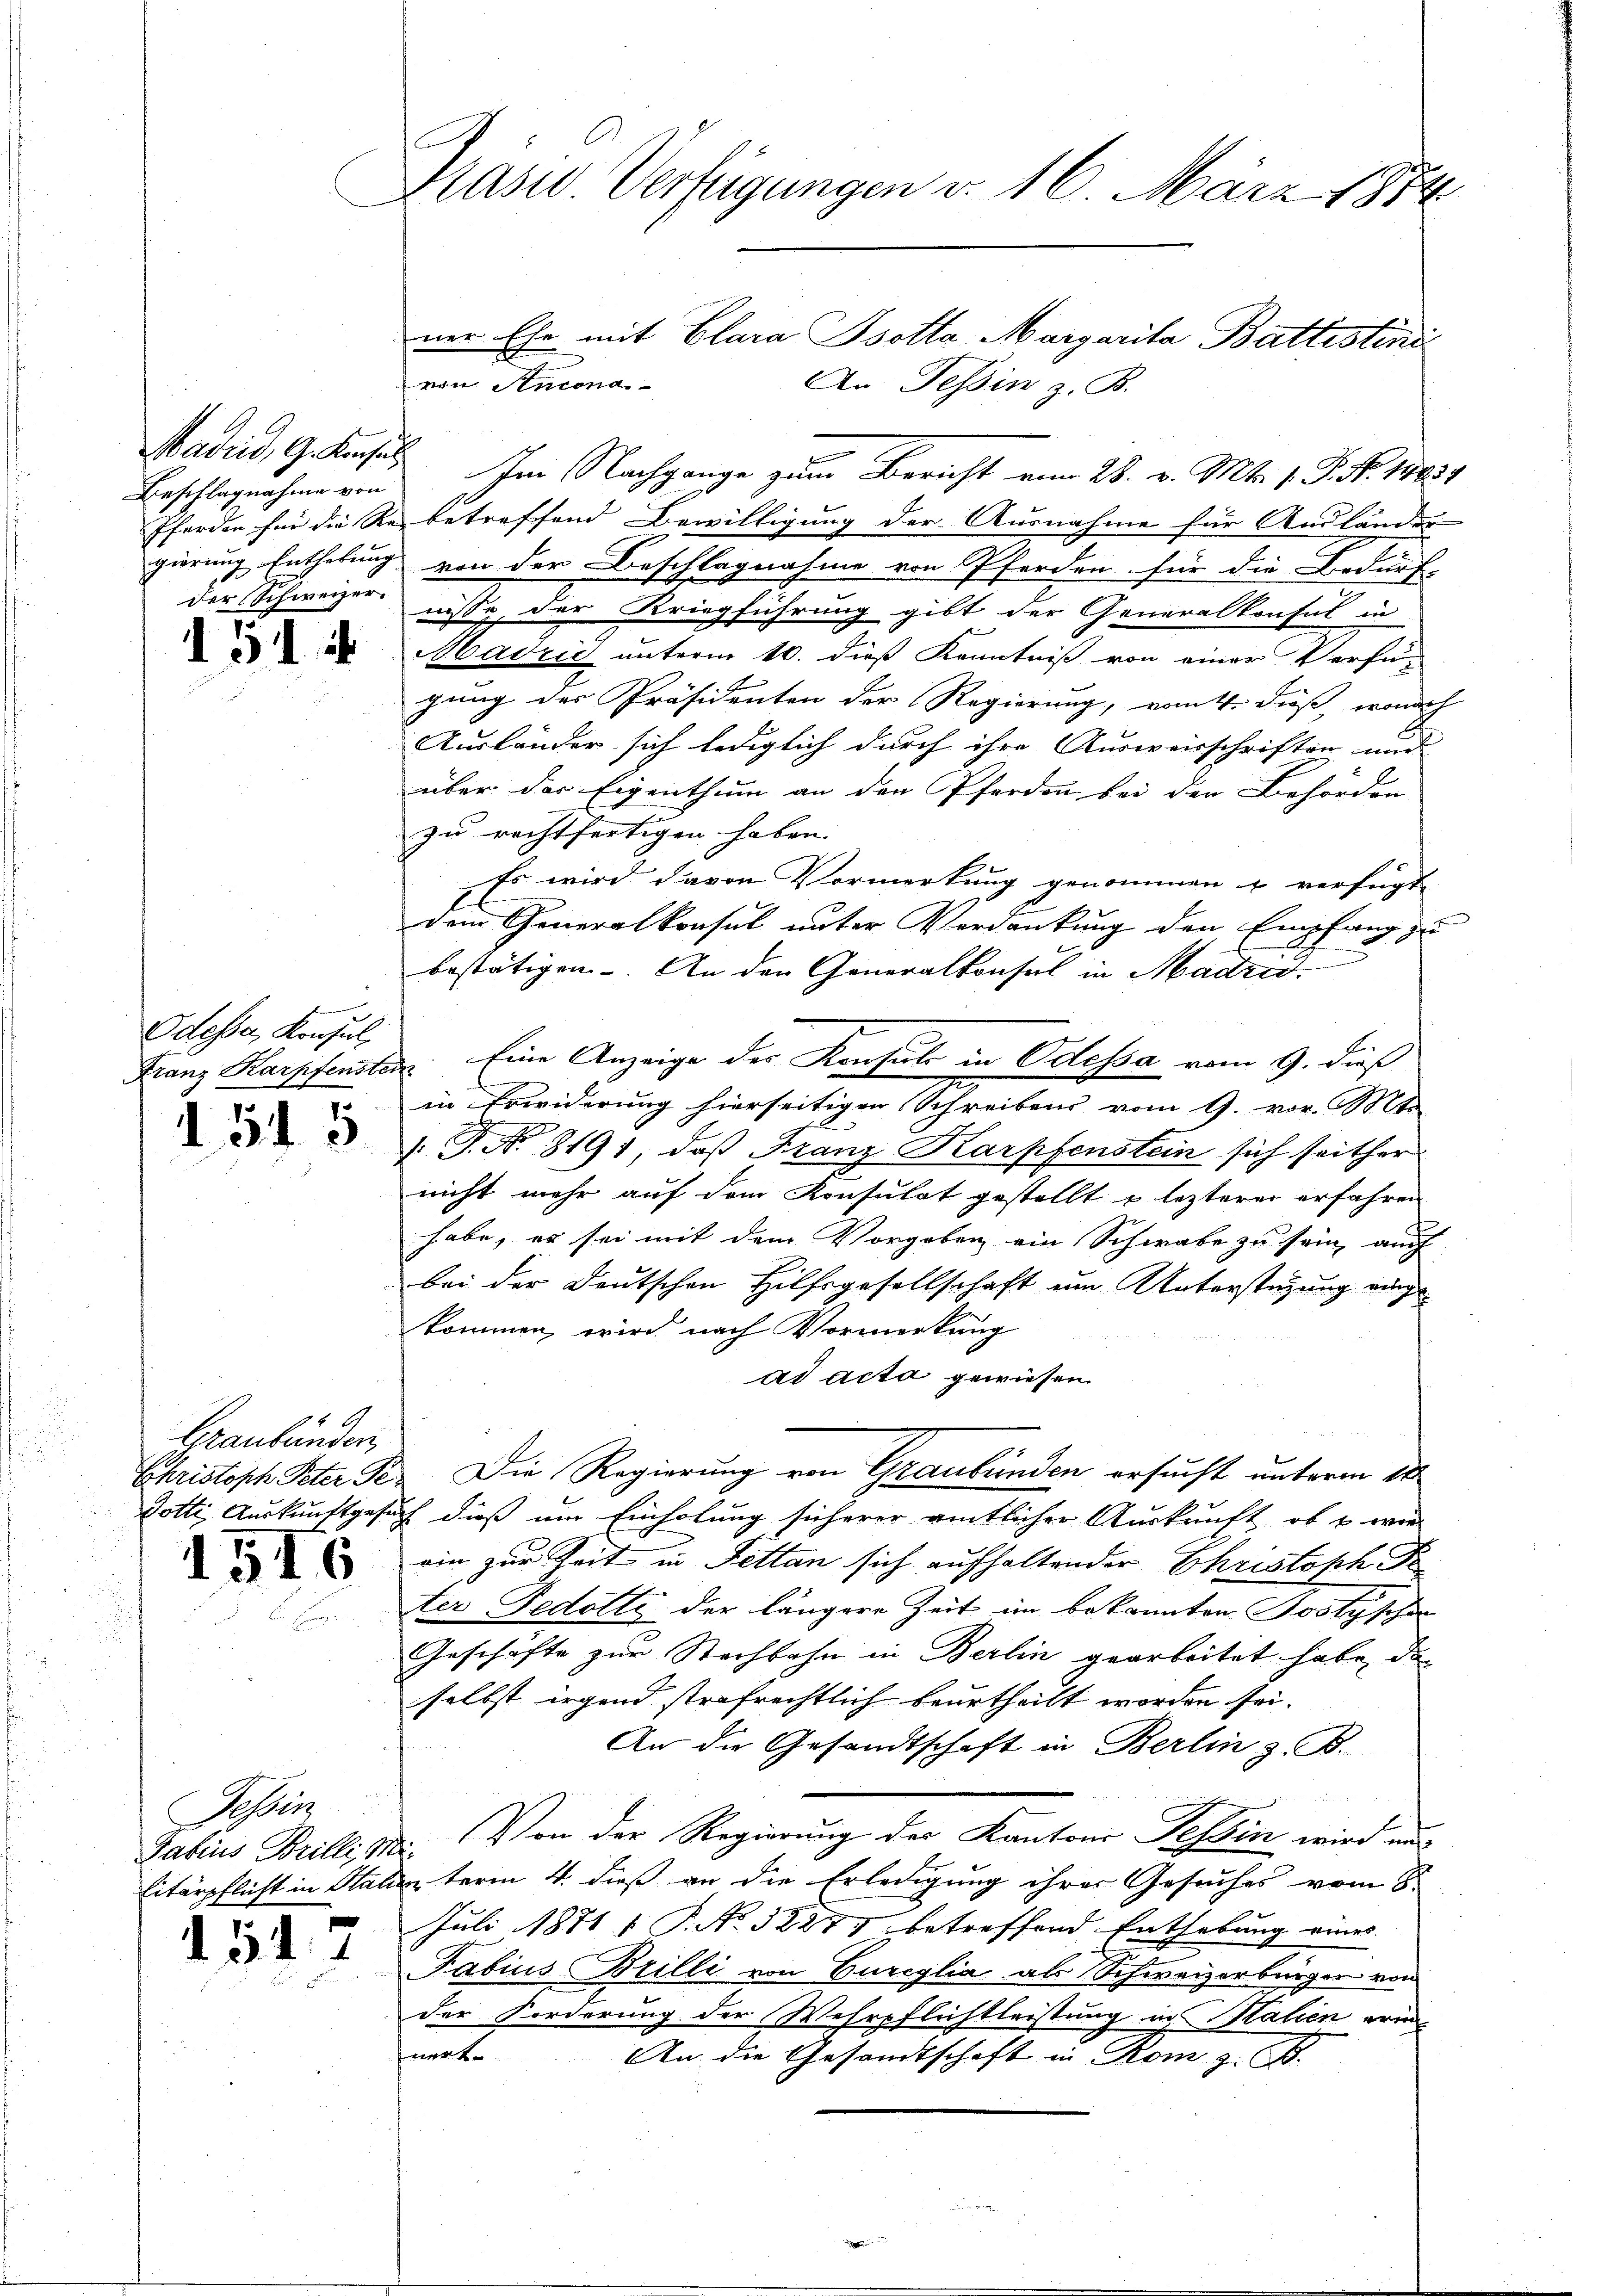
Madrid, G. Konsul
Beschlagnahme von
Pferden für die Re-
gierung Entlebung
der Schweizer

151 f

Odessa, Konsul
Franz Karpfensten

1515

Graubünder
Christoph Peter Pe¬
Dotti Auskunftgese

1516

Seben
Tabius Brilli M.
Eitärpflicht in Stall

151

6
Kasu Verfügungen d. 16. März 1874.
ner Ehe mit Clara Psotta, Margarita Battistini

h

von Antona
An Tessin z. B.
e
Im Nachgange zum Bericht vom 28. v. Mts. 1. P. Nr. 14834
betreffend Bewilligung der Ausnahme für Ausländer
von der Beschlagnahme von Pferden für die Bedürf-
nisse der Kriegführung gibt der Generalkonsul in
Madzić unterm 10. dieß Kenntniß von einer Verfü-
gung des Präsidenten der Regierung, vom 4. dieß, wonach
Ausländer sich lediglich durch ihre Ausweisschriften und
über der Eigenthum an den Pferden bei der Behörden
zu rechtfertigen haben. |
Es wird davon Vormerkung genommen u verfügt
dem Generalkonsul unter Verdankung den Empfang zu
bestätigen. An den Generalkonsul in Madrig
.Eine Anzeige der Konsul in Odessa vom 9. dieß
in Erwiderung hierseitigen Schreibens vom 9. vor. Mt
.P. Nr. 8191, daß Franz Karpfenstein sich seither
nicht mehr auf dem Konsulat gestellt u. lezterer erfahren
habe, er sei mit dem Vorgeben ein Schwabe zu sein, auch
bei der Deutschen Hilfsgesellschaft um Unterstützung vorge
kommen, wird nach Vormerkung
ad acta gewiesen.
Die Regierung von Graubünden ersucht unterm 18
1 dies um Einholung sicherer amtlicher Auskunft, ob & wir
ein zur Zeit in Fettan sich aufhaltender Christoph Pe
ter Fedotte der längere Zeit im bekannten Jostyschen
Geschäfte zur Stachbahn in Berlin gearbeitet habe, das
selbst irgend strafrechtlich beurtheilt worden sei.
An der Gesandtschaft in Berlin z. B.
x
.Von der Regierung des Kantons Tessin wird nur
term 4. dieß an die Erledigung ihrer Gesuches vom 8.
Juli 1871 1 P. No. 32271 betreffend Enthebung eines
Fabius Brilli von Curiglia als Schweizerbürger von
der Forderung der Wehrpflichtleistung in Halien erin
nert.
An die Gesandtschaft in Kom z. B.